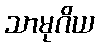
သာမုဂိယ